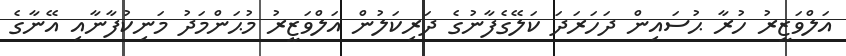
އަލްވަޒީރު ހުރާ ޙުސައިން ދަހަރަދަ ކަލޭގެފާނުގެ ދަރިކަލުން އަލްވަޒީރު މުޙަންމަދު މަނިކުފާނާއި އޭނާގެ